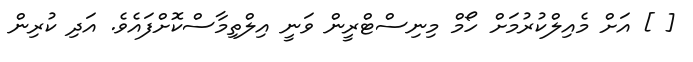
[ ] އަށް މެއިލްކުރުމަށް ހޯމް މިނިސްޓްރީން ވަނީ އިލްތިމާސްކޮށްފައެވެ. އަދި ކުރިން